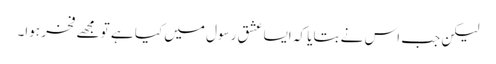
لیکن جب اس نے بتایا کہ ایسا عشقِ رسول میں کیا ہے تو مجھے فخر ہوا۔